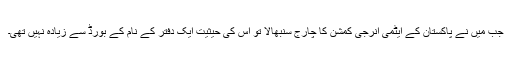
جب میں نے پاکستان کے ایٹمی انرجی کمشن کا چارج سنبھالا تو اس کی حیثیت ایک دفتر کے نام کے بورڈ سے زیادہ نہیں تھی۔